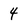
Character: 4